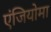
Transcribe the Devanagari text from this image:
एंजियोमा